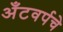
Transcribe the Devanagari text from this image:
अँटवर्पचे